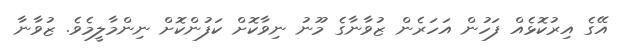
އޭގެ އިރުކޮޅެއް ފަހުން އަހަރެން ޒުވާނާގެ މޫނު ނިވާކޮށް ކަފުންކޮށް ނިންމާލީމެވެ. ޒުވާނާ